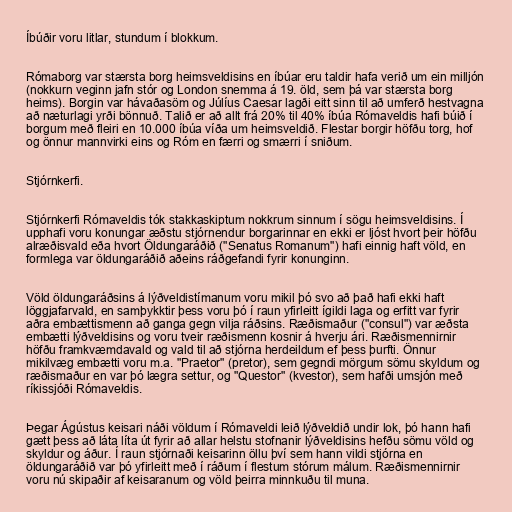
Íbúðir voru litlar, stundum í blokkum.

Rómaborg var stærsta borg heimsveldisins en íbúar eru taldir hafa verið um ein milljón
(nokkurn veginn jafn stór og London snemma á 19. öld, sem þá var stærsta borg
heims). Borgin var hávaðasöm og Júlíus Caesar lagði eitt sinn til að umferð hestvagna
að næturlagi yrði bönnuð. Talið er að allt frá 20% til 40% íbúa Rómaveldis hafi búið í
borgum með fleiri en 10.000 íbúa víða um heimsveldið. Flestar borgir höfðu torg, hof
og önnur mannvirki eins og Róm en færri og smærri í sniðum.

Stjórnkerfi.

Stjórnkerfi Rómaveldis tók stakkaskiptum nokkrum sinnum í sögu heimsveldisins. Í
upphafi voru konungar æðstu stjórnendur borgarinnar en ekki er ljóst hvort þeir höfðu
alræðisvald eða hvort Öldungaráðið ("Senatus Romanum") hafi einnig haft völd, en
formlega var öldungaráðið aðeins ráðgefandi fyrir konunginn.

Völd öldungaráðsins á lýðveldistímanum voru mikil þó svo að það hafi ekki haft
löggjafarvald, en samþykktir þess voru þó í raun yfirleitt ígildi laga og erfitt var fyrir
aðra embættismenn að ganga gegn vilja ráðsins. Ræðismaður ("consul") var æðsta
embætti lýðveldisins og voru tveir ræðismenn kosnir á hverju ári. Ræðismennirnir
höfðu framkvæmdavald og vald til að stjórna herdeildum ef þess þurfti. Önnur
mikilvæg embætti voru m.a. "Praetor" (pretor), sem gegndi mörgum sömu skyldum og
ræðismaður en var þó lægra settur, og "Questor" (kvestor), sem hafði umsjón með
ríkissjóði Rómaveldis.

Þegar Ágústus keisari náði völdum í Rómaveldi leið lýðveldið undir lok, þó hann hafi
gætt þess að láta líta út fyrir að allar helstu stofnanir lýðveldisins hefðu sömu völd og
skyldur og áður. Í raun stjórnaði keisarinn öllu því sem hann vildi stjórna en
öldungaráðið var þó yfirleitt með í ráðum í flestum stórum málum. Ræðismennirnir
voru nú skipaðir af keisaranum og völd þeirra minnkuðu til muna.